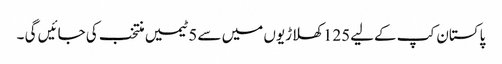
پاکستان کپ کےلیے125 کھلاڑیوں میں سے 5 ٹیمیں منتخب کی جائیں گی ۔